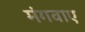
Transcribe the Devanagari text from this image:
मंगवाए